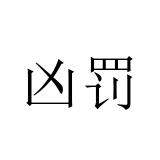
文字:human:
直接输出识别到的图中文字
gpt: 凶罚